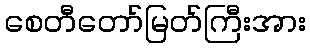
စေတီတော်မြတ်ကြီးအား